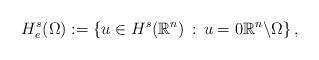
LaTeX: \begin{align*}H_{e}^{s}(\Omega) := \left\{ u \in H^{s}(\mathbb{R}^{n}) \, : \, u = 0 \mathbb{R}^{n}\backslash\Omega \right\},\end{align*}